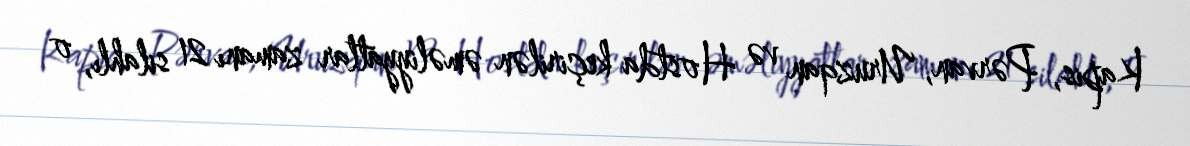
Kapis, Pərvan, Uruzqan və Hostda keçirilən əməliyyatlar zamanı 21 silahlı, o